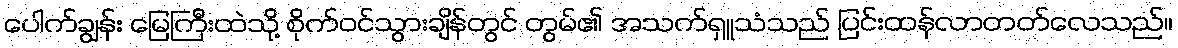
ပေါက်ချွန်း မြေကြီးထဲသို့ စိုက်ဝင်သွားချိန်တွင် တွမ်၏ အသက်ရှူသံသည် ပြင်းထန်လာတတ်လေသည်။